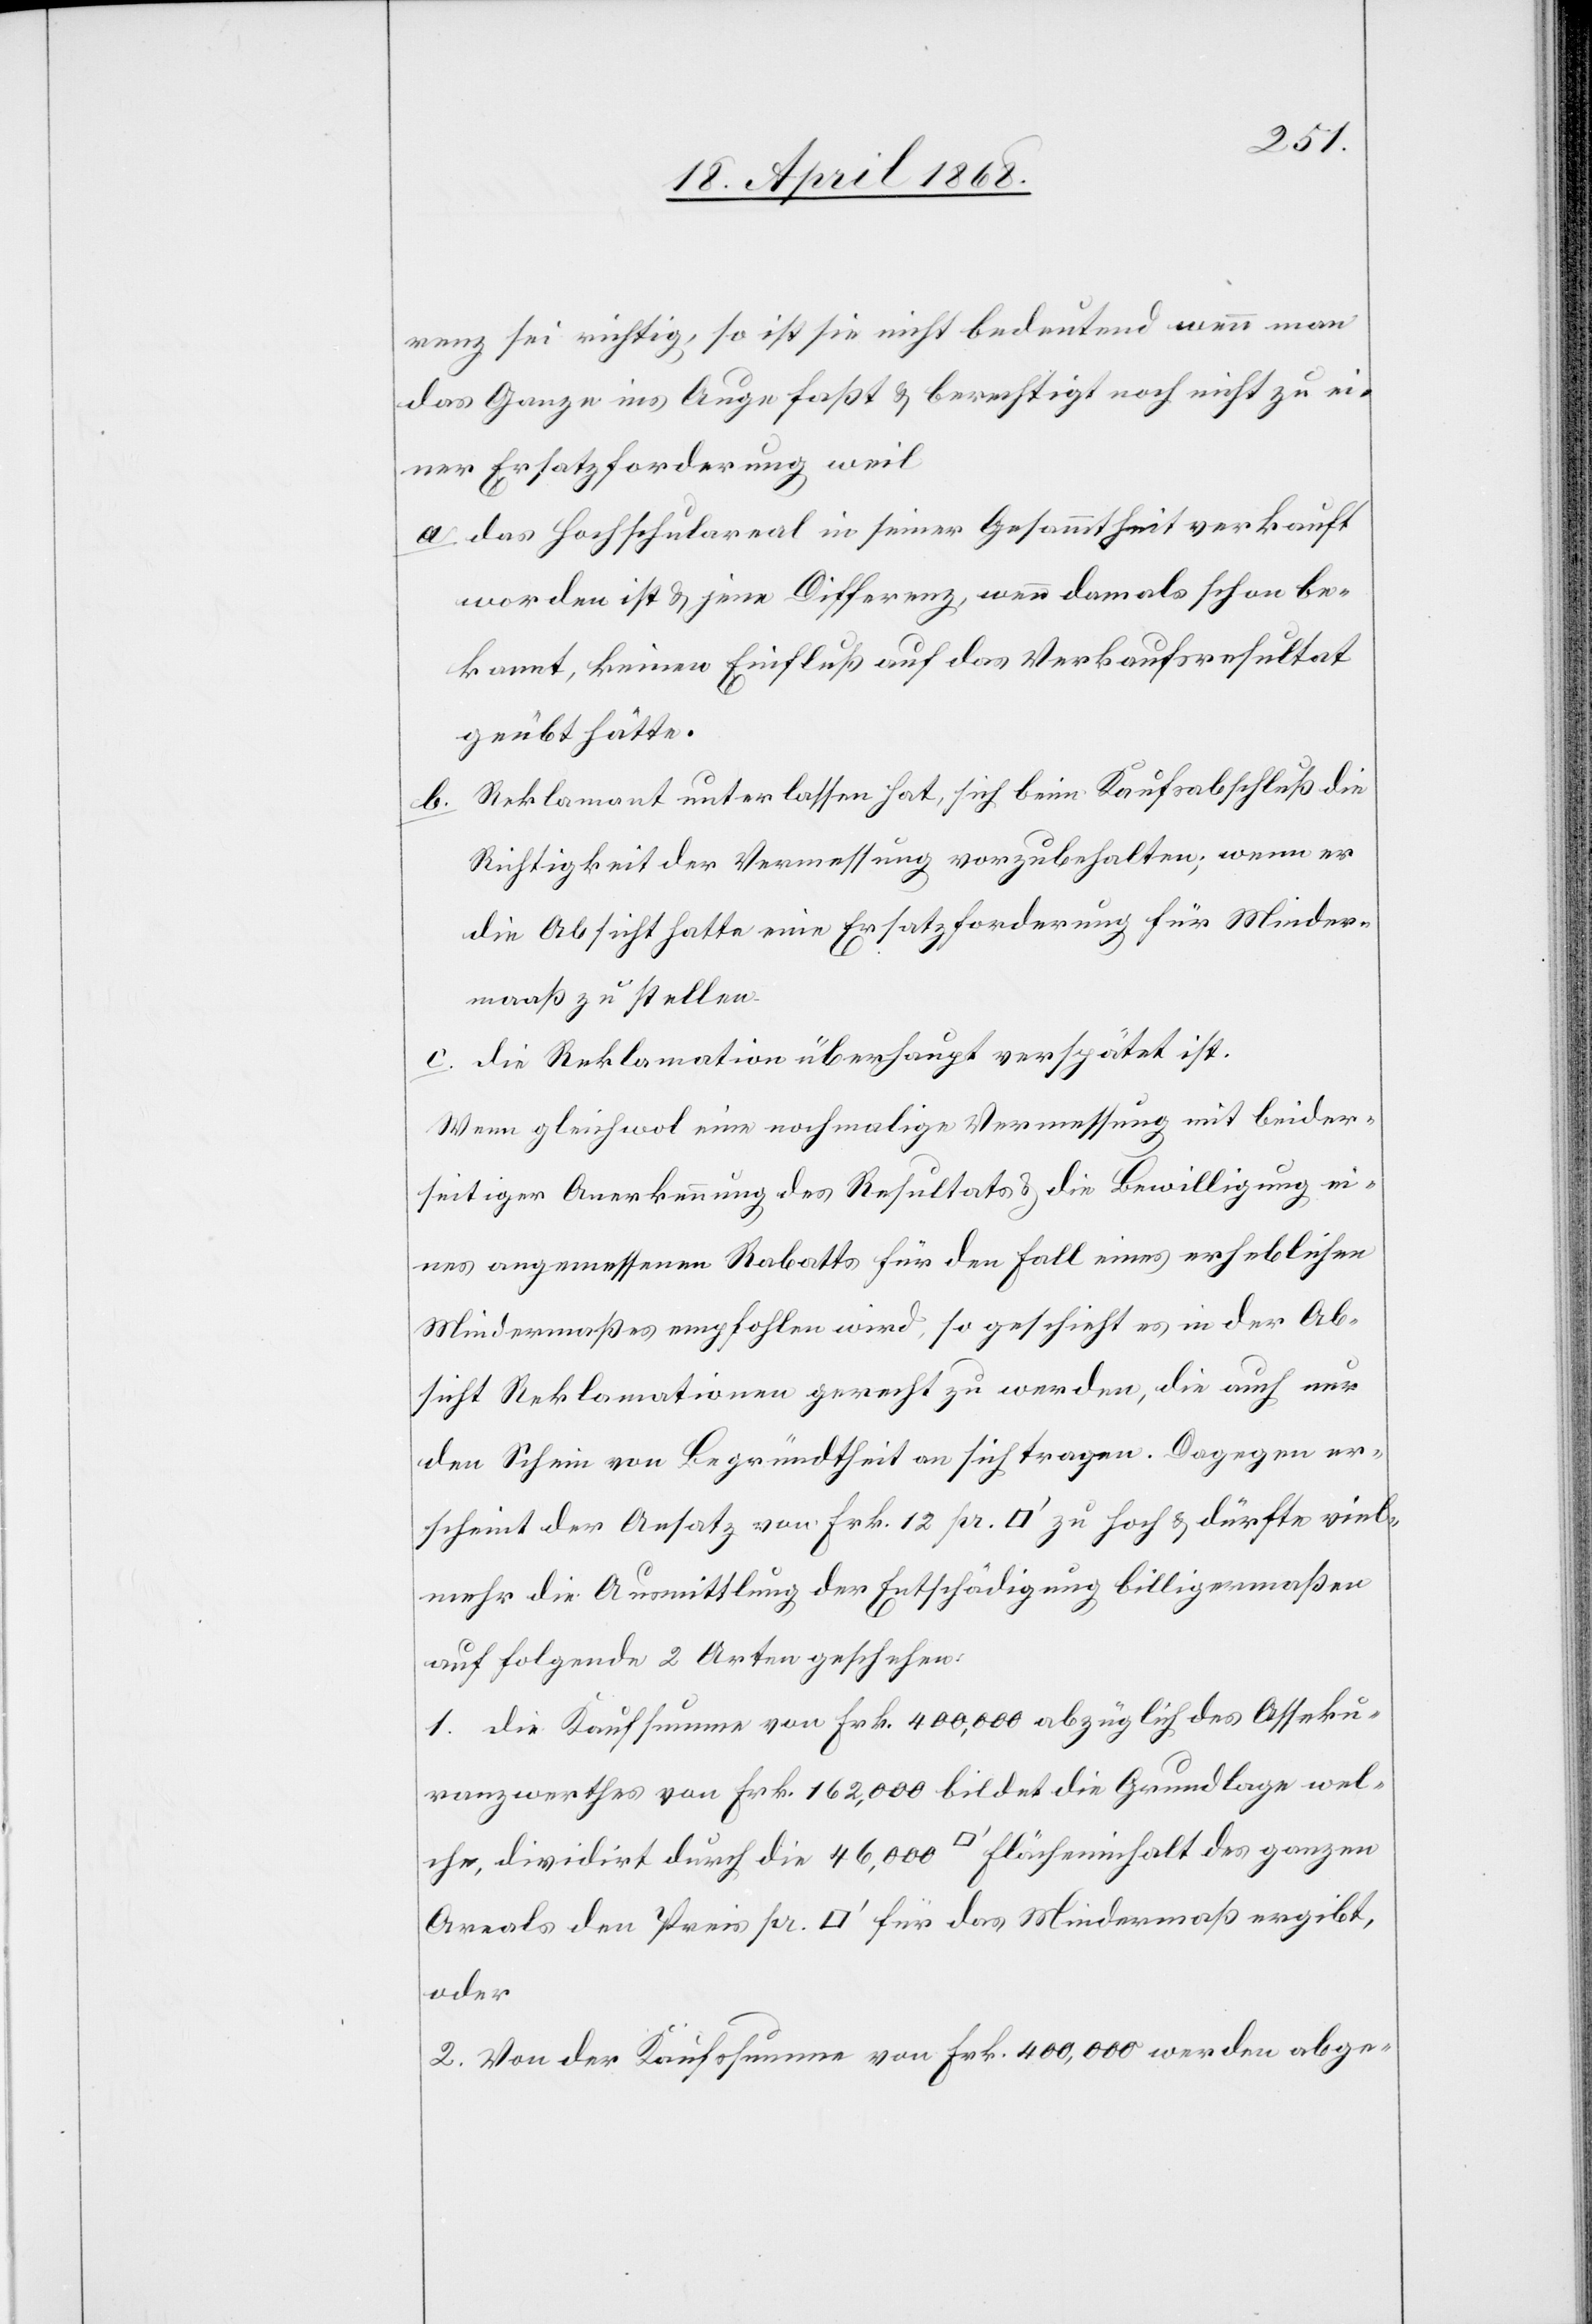
renz sei richtig, so ist sie nicht bedeutend wenn man
das Ganze ins Auge faßt & berechtigt noch nicht zu ei¬
ner Ersatzforderung weil
das Hochschulareal in seiner Gesammtheit verkauft
worden ist & jene Differenz, wenn damals schon be¬
kannt, keinen Einfluß auf das Verkaufsresultat
geübt hätte.
Reklamant unterlassen hat, sich beim Kaufsabschluß die
Richtigkeit der Vermessung vorzubehalten; wenn er
die Absicht hatte eine Ersatzforderung für Minder¬
maaß zu stellen.
die Reklamation überhaupt verspätet ist.
Wenn gleichwol eine nochmalige Vermessung mit beider¬
seitiger Anerkennung des Resultats & die Bewilligung ei¬
nes angemessenen Rabatts für den Fall eines erheblichen
Mindermaßes empfohlen wird, so geschieht es in der Ab¬
sicht Reklamationen gerecht zu werden, die auch nur
den Schein von Begründ[e]theit an sich tragen. Dagegen er¬
scheint der Ansatz von Frk. 12 pr. [Quadratfuß] zu hoch & dürfte viel¬
mehr die Ausmittlung der Entschädigung billigermaßen
auf folgende 2 Arten geschehen:
1. die Kaufsumme von Frk. 400,000 abzüglich des Asseku¬
ranzwerthes von Frk. 162,000 bildet die Grundlage wel¬
che, dividirt durch die 46,000 [Quadratfuß] Flächeninhalt des ganzen
Areals den Preis pr. [Quadratfuß] für das Mindermaß ergibt,
oder
2. Von der Kaufssumme von Frk. 400,000 werden abge-